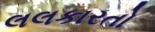
લલકારતો